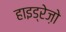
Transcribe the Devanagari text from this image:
हाइड्रेज़ो